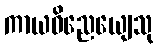
ကာယဝိညေယျေသု